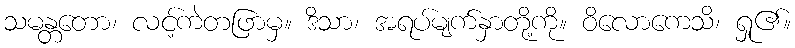
သမန္တတော၊ လင့်ကဲတဖြာမှ။ ဒိသာ၊ အရပ်မျက်နှာတို့ကို။ ဝိလောကေသိ၊ ရှု၏။